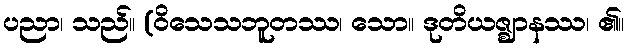
ပညာ၊ သည်။ (ဝိသေသဘူတဿ၊ သော။ ဒုတိယဇ္ဈာနဿ၊ ၏။